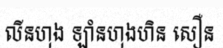
លីនហុង ឡាំនហុងហិន សឿន